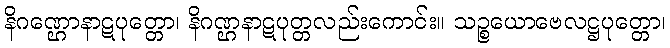
နိဂဏ္ဌောနာဋပုတ္တော၊ နိဂဏ္ဌနာဋပုတ္တလည်းကောင်း။ သဉ္စယောဗေလဋ္ဌပုတ္တော၊